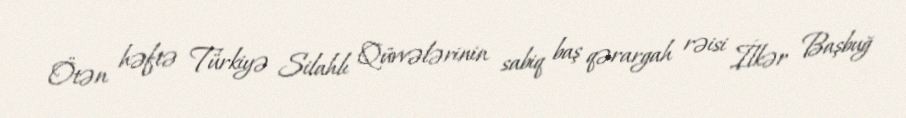
Ötən həftə Türkiyə Silahlı Qüvvələrinin sabiq baş qərargah rəisi İlkər Başbuğ